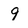
Character: 9